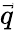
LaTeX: \vec{q}